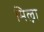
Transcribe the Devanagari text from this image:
मिल्ना